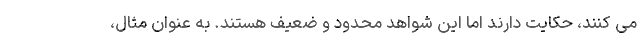
می کنند، حکایت دارند اما این شواهد محدود و ضعیف هستند. به عنوان مثال،